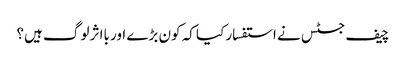
چیف جسٹس نے استفسار کیا کہ کون بڑے اور بااثر لوگ ہیں؟